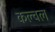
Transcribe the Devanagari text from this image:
कल्चल